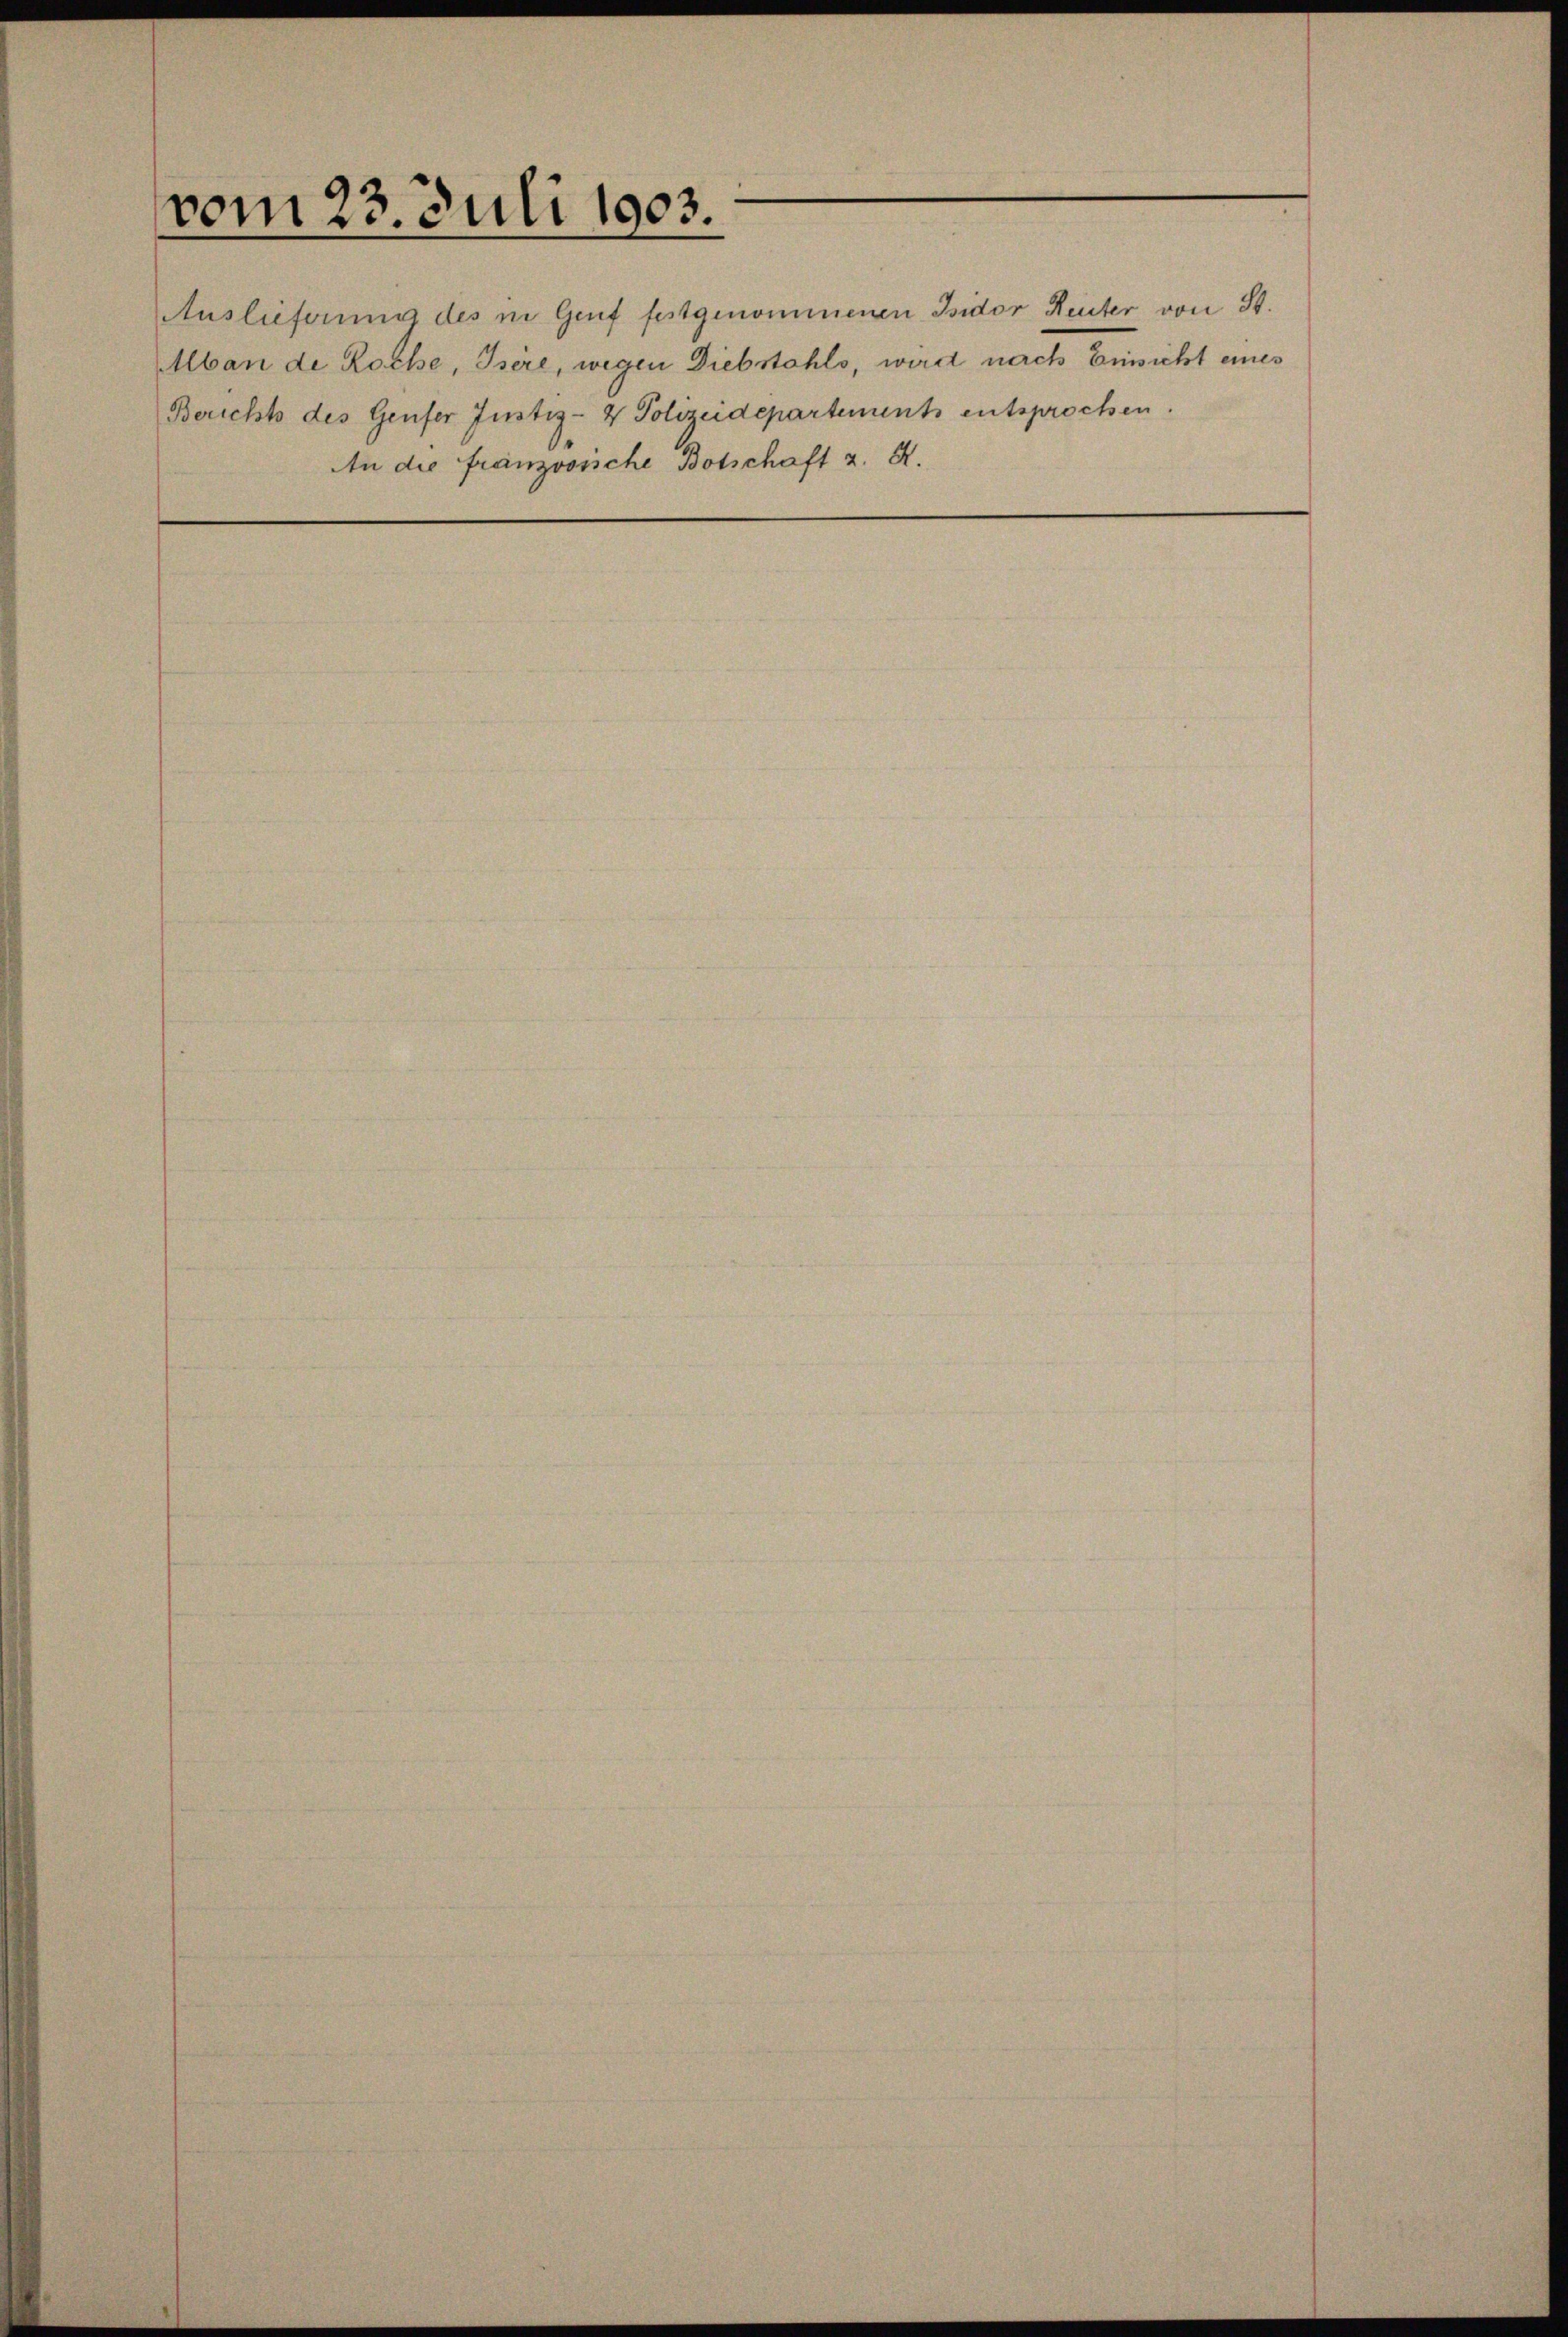
vom 23. Juli 1903.

Auslieferung des in Genf festgenommenen Isidor Reuter von St.
Aban de Roche, Isere, wegen Diebstahls, wird nach Einsicht eines

Berichts des Genfer Justiz- & Polizeidepartements entsprochen.
An die franzoosiche Botschaft z. R.